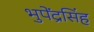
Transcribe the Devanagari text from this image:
भुपेंद्रसिंह